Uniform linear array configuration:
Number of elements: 16
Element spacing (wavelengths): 0.5
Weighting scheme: uniform
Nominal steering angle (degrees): -60
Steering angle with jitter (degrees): -61.057
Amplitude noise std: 0.05
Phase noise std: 0.05

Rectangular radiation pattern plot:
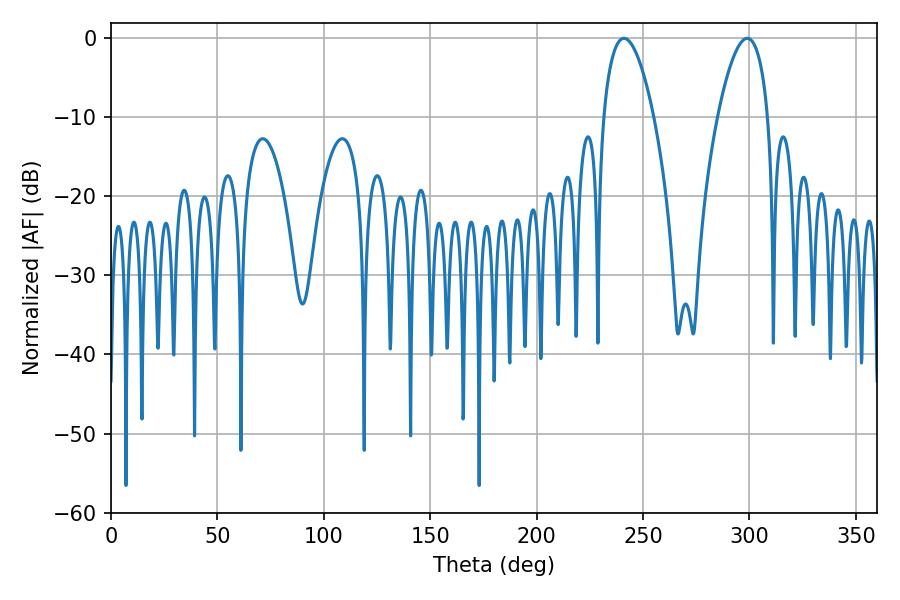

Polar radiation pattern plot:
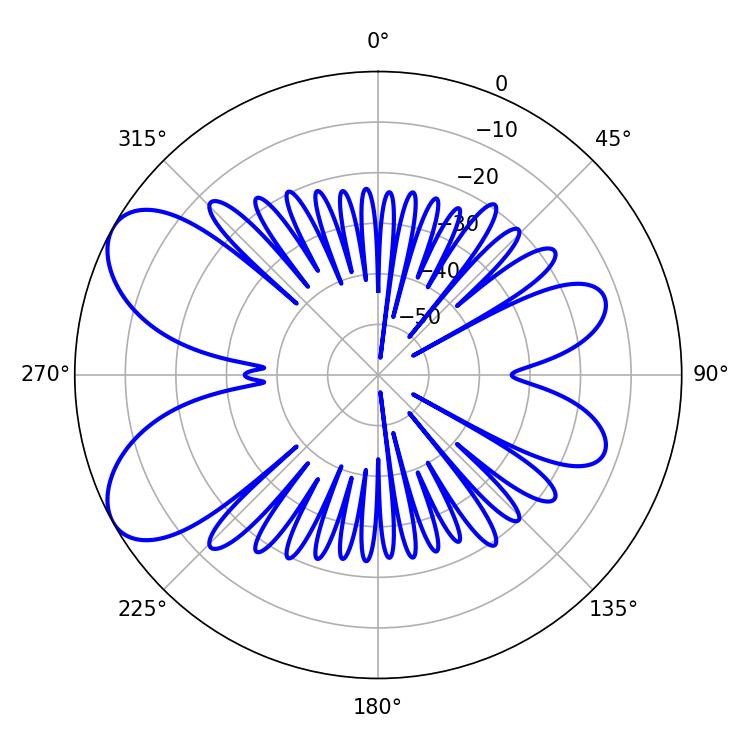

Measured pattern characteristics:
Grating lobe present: FALSE
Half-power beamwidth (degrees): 12.96
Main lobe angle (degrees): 241.02